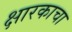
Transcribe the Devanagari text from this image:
क्षारकाचा